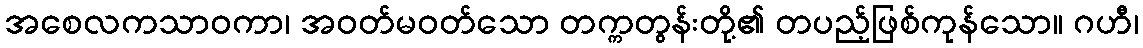
အစေလကသာဝကာ၊ အဝတ်မဝတ်သော တက္ကတွန်းတို့၏ တပည့်ဖြစ်ကုန်သော။ ဂဟီ၊